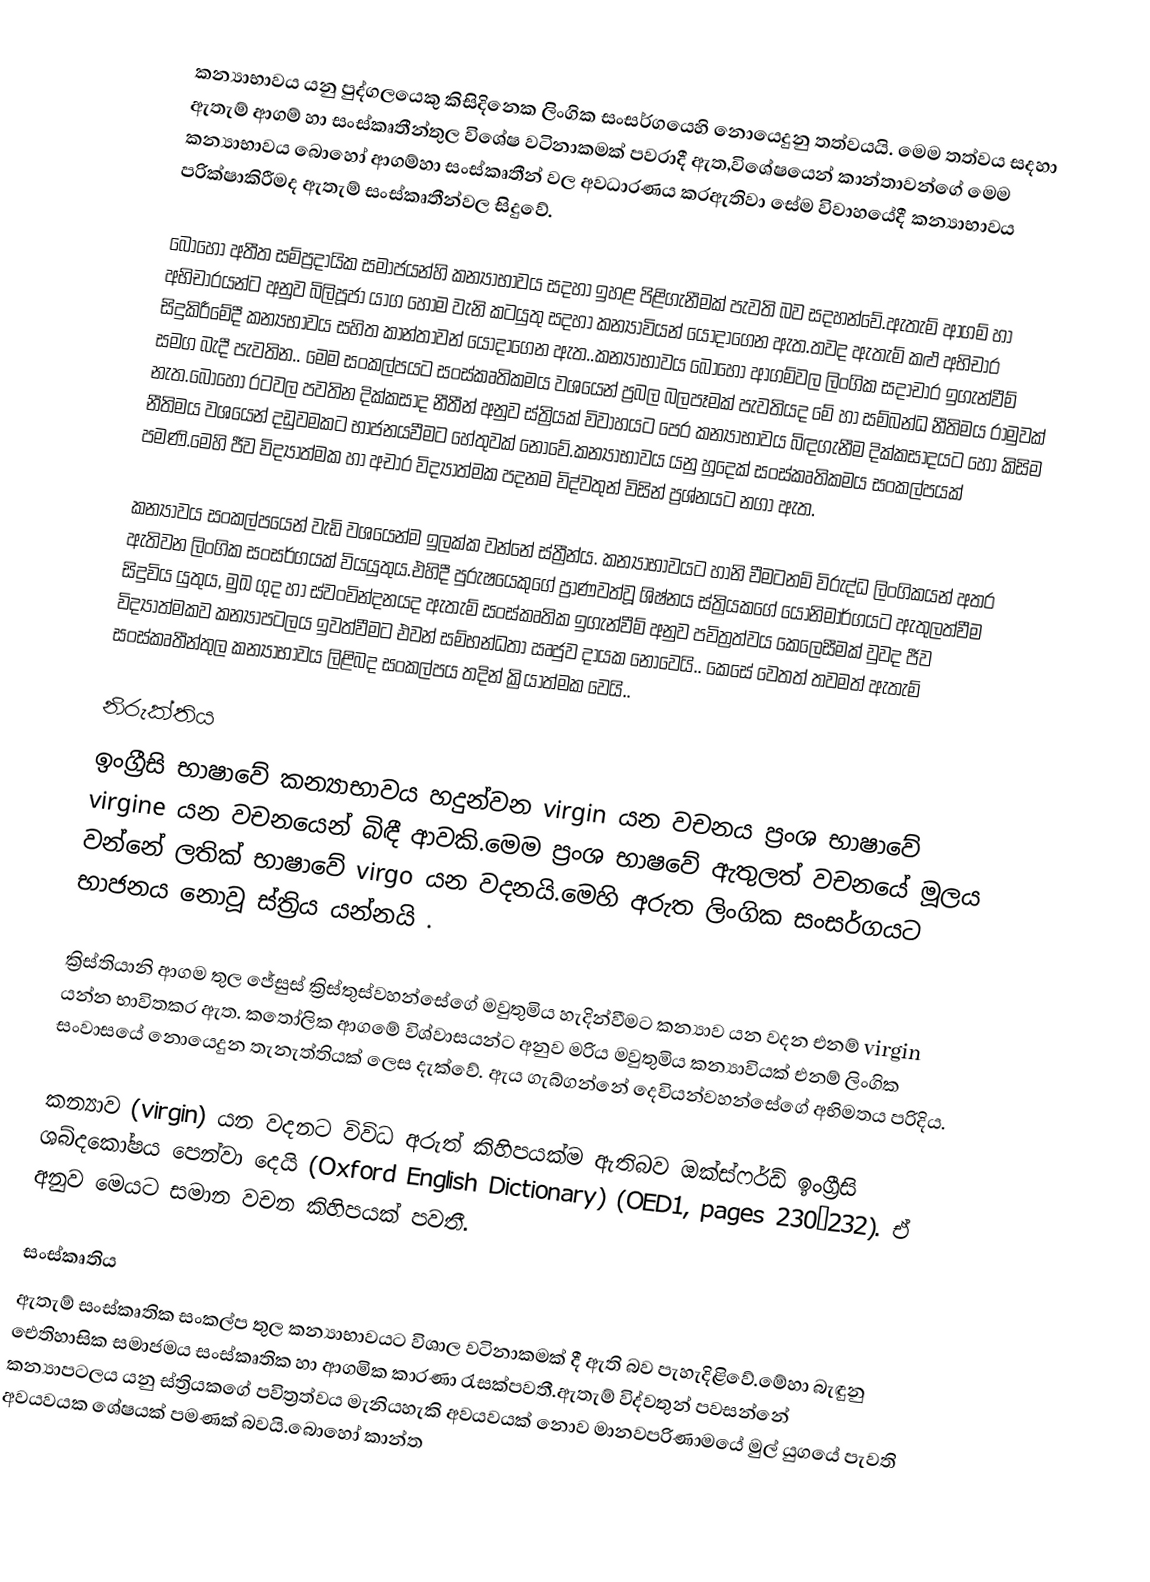
කන්‍යාභාවය යනු පුද්ගලයෙකු කිසිදිනෙක ලිංගික සංසර්ගයෙහි නොයෙදුනු තත්වයයි. මෙම තත්වය සදහා ඇතැම් ආගම් හා සංස්කෘතීන්තුල විශේෂ වටිනාකමක් පවරාදී ඇත,විශේෂයෙන් කාන්තාවන්ගේ මෙම කන්‍යාභාවය බොහෝ ආගම්හා සංස්කෘතීන් වල අවධාරණය කරඇතිවා සේම විවාහයේදී කන්‍යාභාවය පරික්ෂාකිරීමද ඇතැම් සංස්කෘතීන්වල සිදුවේ.

බොහෝ අතීත සම්ප්‍රදායික සමාජයන්හි කන්‍යාභාවය සදහා ඉහළ පිළිගැනීමක් පැවති බව සදහන්වේ.ඇතැම් ආගම් හා අභිචාරයන්ට අනුව බිලිපූජා යාග හෝම වැනි කටයුතු සදහා කන්‍යාවියන් යොදාගෙන ඇත.තවද ඇතැම් කළු අභිචාර සිදුකිරීමේදී කන්‍යභාවය සහිත කාන්තාවන් යොදාගෙන ඇත..කන්‍යාභාවය බොහෝ ආගම්වල ලිංගික සදාචාර ඉගැන්වීම් සමග බැදී පැවතින.. මෙම සංකල්පයට සංස්කෘතිකමය වශයෙන් ප්‍රබල බලපෑමක් පැවතියද මේ හා සම්බන්ධ නීතිමය රාමුවක් නැත.බොහෝ රටවල පවතින දික්කසාද නීතීන් අනුව ස්ත්‍රියක් විවාහයට පෙර කන්‍යාභාවය බිඳගැනීම දික්කසාදයට හෝ කිසිම නීතිමය වශයෙන් දඩුවමකට භාජනයවීමට හේතුවක් නොවේ.කන්‍යාභාවය යනු හුදෙක් සංස්කෘතිකමය සංකල්පයක් පමණි.මෙහි ජීව විද්‍යාත්මක හා අචාර විද්‍යාත්මක පදනම විද්වතුන් විසින් ප්‍රශ්නයට නගා ඇත.

කන්‍යාවය සංකල්පයෙන් වැඩි වශයෙන්ම ඉලක්ක වන්නේ ස්ත්‍රීන්ය. කන්‍යාභාවයට හානි වීමටනම් විරුද්ධ ලිංගිකයන් අතර ඇතිවන ලිංගික සංසර්ගයක් වියයුතුය.එහිදී පුරුෂයෙකුගේ ප්‍රාණවත්වූ ශිෂ්නය ස්ත්‍රියකගේ යෝනිමාර්ගයට ඇතුලත්වීම සිදුවිය යුතුය, මුඛ ගුද හා ස්වංවින්දනයද ඇතැම් සංස්කෘතික ඉගැන්වීම් අනුව පවිත්‍රත්වය කෙලෙසීමක් වුවද ජීව විද්‍යාත්මකව කන්‍යාපටලය ඉවත්වීමට එවන් සම්භන්ධතා ඍජුව දායක නොවෙයි.. කෙසේ වෙතත් තවමත් ඇතැම් සංස්කෘතීන්තුල කන්‍යාභාවය ලිළිබද සංකල්පය තදින් ක්‍රියාත්මක වෙයි..

නිරුක්තිය
ඉංග්‍රීසි භාෂාවේ කන්‍යාභාවය හදුන්වන  virgin යන වචනය ප්‍රංශ භාෂාවේ virgine යන වචනයෙන් බිඳී ආවකි.මෙම ප්‍රංශ භාෂවේ ඇතුලත් වචනයේ මූලය වන්නේ ලතික් භාෂාවේ virgo යන වදනයි.මෙහි අරුත ලිංගික සංසර්ගයට භාජනය නොවූ ස්ත්‍රිය යන්නයි  .

ක්‍රිස්තියානි ආගම තුල ජේසුස් ක්‍රිස්තුස්වහන්සේගේ මවුතුමිය හැදින්වීමට කන්‍යාව යන වදන එනම් virgin යන්න භාවිතකර ඇත. කතෝලික ආගමේ විශ්වාසයන්ට අනුව මරිය මවුතුමිය කන්‍යාවියක් එනම් ලිංගික සංවාසයේ නොයෙදුන තැනැත්තියක් ලෙස දැක්වේ. ඇය ගැබ්ගන්නේ දෙවියන්වහන්සේගේ අභිමතය පරිදිය.

කන්‍යාව (virgin) යන වදනට විවිධ අරුත් කිහිපයක්ම ඇතිබව ඔක්ස්ෆර්ඩ් ඉංග්‍රීසි ශබ්දකෝෂය පෙන්වා දෙයි (Oxford English Dictionary) (OED1, pages 230–232). ඒ අනුව මෙයට සමාන වචන කිහිපයක් පවතී.

සංස්කෘතිය
ඇතැම් සංස්කෘතික සංකල්ප තුල කන්‍යාභාවයට විශාල වටිනාකමක් දී ඇති බව පැහැදිළිවේ.මේහා බැඳුනු ඓතිහාසික සමාජමය සංස්කෘතික හා ආගමික කාරණා රැසක්පවතී.ඇතැම් විද්වතුන් පවසන්නේ කන්‍යාපටලය යනු ස්ත්‍රියකගේ පවිත්‍රත්වය මැනියහැකි අවයවයක් නොව මානවපරිණාමයේ මුල් යුගයේ පැවති අවයවයක ශේෂයක් පමණක් බවයි.බොහෝ කාන්ත